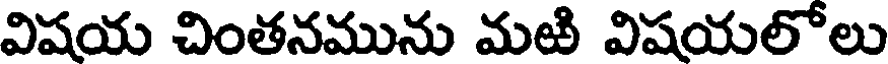
విషయ చింతనమును మఱి విషయలోలు